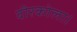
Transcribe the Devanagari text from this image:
वीरकोला।